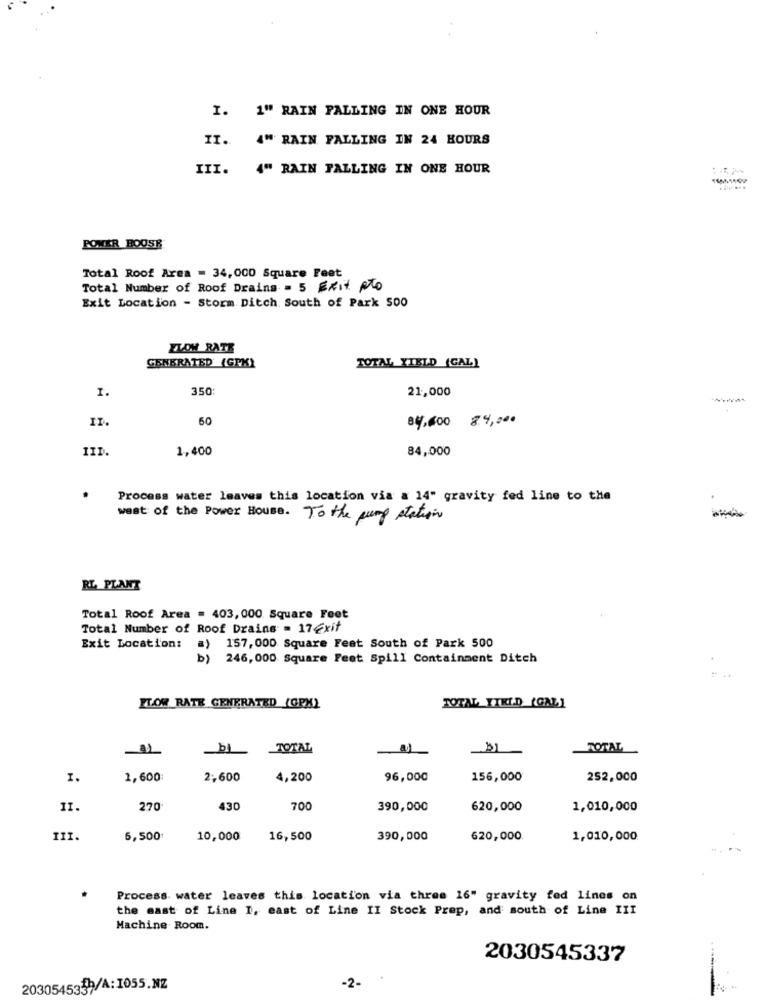
I. 1" RAIN FALLING IN ONE HOUR
IT. A" RAIN FALLING IN 24 HOURS
III.
4" RAIN FALLING IN ONE HOUR
POMER BOOSE
Total Roof Area = 34,000 Square Feet
Total Number of Roof Drains = 5 Exit pto
Exit Location - Storm Ditch South of Park 500
ZLOM RATE
GENERATED (GPK)
TOTAL YIELD (GAL)
I.
350:
21,000
ID.
50
84,600 84,000
IID.
1,400
84,000
Process water leaves this location via a 14" gravity fed line to the
west of the Power House. To the pump station
RL PLANT
Total Roof Area = 403,000 Square Feet
Total Number of Roof Drains = 17Exit
Exit Location: a)
157, 000 Square Feet South of Park 500
b) 246,000 Square Fest Spill Containment Ditch
FLOW RATE GENERATED (GRX)
TOTAL_YIKI.D (GAL]
TOTAL
TOTAL
I.
1,600:
2,600
4,200
96,000
156,000
252,000
11.
270
430
700
390,000
620,000
1,010,000
III.
6,500:
10,000
16,500
390,000
620,000
1,010,000
Process water leaves this location via three 16" gravity fed lines on
the mast of Line I, east of Line II Stock Prep, and south of Line III
Machine Room.
2030545337
-2-
2030545339/A:1055.NZ